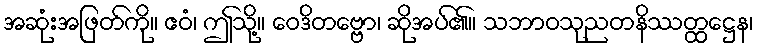
အဆုံးအဖြတ်ကို။ ဧဝံ၊ ဤသို့။ ဝေဒိတဗ္ဗော၊ ဆိုအပ်၏။ သဘာဝသုညတနိဿတ္ထဋ္ဌေန၊